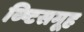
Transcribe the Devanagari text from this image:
व्ष्टिसमूह